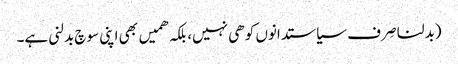
(بدلنا صِرف سیاستدانوں کو ھی نہیں، بلکہ ھمیں بھی اپنی سوچ بدلنی ہے۔